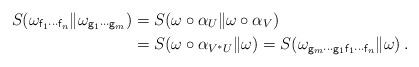
LaTeX: \begin{align*} S(\omega_{{\sf f}_1 \cdots {\sf f}_n} \| \omega_{{\sf g}_1 \cdots {\sf g}_m}) & = S(\omega \circ \alpha_U \| \omega \circ \alpha_V) \\ & = S(\omega \circ \alpha_{V^*U}\| \omega) = S(\omega_{{\sf g}_m \cdots {\sf g}_1 {\sf f}_1 \cdots {\sf f}_n} \| \omega)\,.\end{align*}